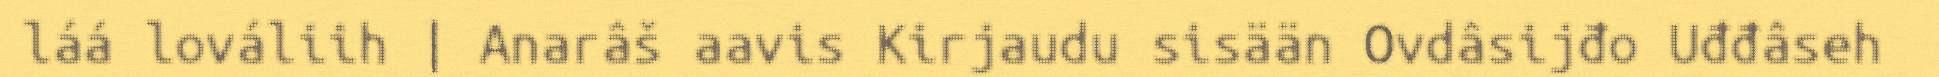
láá lováliih | Anarâš aavis Kirjaudu sisään Ovdâsijđo Uđđâseh